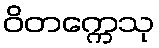
ဝိတက္ကေသု